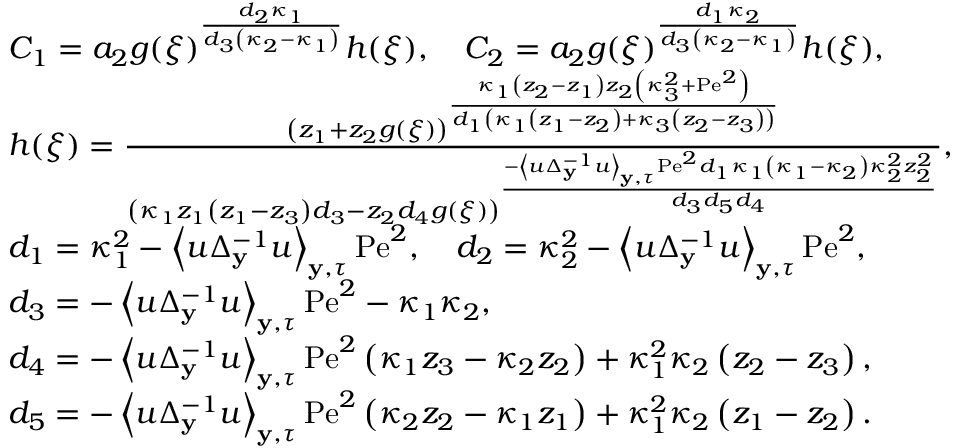
\begin{array} { r l } & { C _ { 1 } = a _ { 2 } g ( \xi ) ^ { \frac { d _ { 2 } \kappa _ { 1 } } { d _ { 3 } \left( \kappa _ { 2 } - \kappa _ { 1 } \right) } } h ( \xi ) , \quad C _ { 2 } = a _ { 2 } g ( \xi ) ^ { \frac { d _ { 1 } \kappa _ { 2 } } { d _ { 3 } \left( \kappa _ { 2 } - \kappa _ { 1 } \right) } } h ( \xi ) , } \\ & { h ( \xi ) = \frac { \left( z _ { 1 } + z _ { 2 } g ( \xi ) \right) ^ { \frac { \kappa _ { 1 } \left( z _ { 2 } - z _ { 1 } \right) z _ { 2 } \left( \kappa _ { 3 } ^ { 2 } + \mathrm { P e } ^ { 2 } \right) } { d _ { 1 } \left( \kappa _ { 1 } \left( z _ { 1 } - z _ { 2 } \right) + \kappa _ { 3 } \left( z _ { 2 } - z _ { 3 } \right) \right) } } } { \left( \kappa _ { 1 } z _ { 1 } \left( z _ { 1 } - z _ { 3 } \right) d _ { 3 } - z _ { 2 } d _ { 4 } g ( \xi ) \right) ^ { \frac { - \left\langle u \Delta _ { \mathbf { y } } ^ { - 1 } u \right\rangle _ { \mathbf { y } , \tau } \mathrm { P e } ^ { 2 } d _ { 1 } \kappa _ { 1 } \left( \kappa _ { 1 } - \kappa _ { 2 } \right) \kappa _ { 2 } ^ { 2 } z _ { 2 } ^ { 2 } } { d _ { 3 } d _ { 5 } d _ { 4 } } } } , } \\ & { d _ { 1 } = \kappa _ { 1 } ^ { 2 } - \left\langle u \Delta _ { \mathbf { y } } ^ { - 1 } u \right\rangle _ { \mathbf { y } , \tau } \mathrm { P e } ^ { 2 } , \quad d _ { 2 } = \kappa _ { 2 } ^ { 2 } - \left\langle u \Delta _ { \mathbf { y } } ^ { - 1 } u \right\rangle _ { \mathbf { y } , \tau } \mathrm { P e } ^ { 2 } , } \\ & { d _ { 3 } = - \left\langle u \Delta _ { \mathbf { y } } ^ { - 1 } u \right\rangle _ { \mathbf { y } , \tau } \mathrm { P e } ^ { 2 } - \kappa _ { 1 } \kappa _ { 2 } , } \\ & { d _ { 4 } = - \left\langle u \Delta _ { \mathbf { y } } ^ { - 1 } u \right\rangle _ { \mathbf { y } , \tau } \mathrm { P e } ^ { 2 } \left( \kappa _ { 1 } z _ { 3 } - \kappa _ { 2 } z _ { 2 } \right) + \kappa _ { 1 } ^ { 2 } \kappa _ { 2 } \left( z _ { 2 } - z _ { 3 } \right) , } \\ & { d _ { 5 } = - \left\langle u \Delta _ { \mathbf { y } } ^ { - 1 } u \right\rangle _ { \mathbf { y } , \tau } \mathrm { P e } ^ { 2 } \left( \kappa _ { 2 } z _ { 2 } - \kappa _ { 1 } z _ { 1 } \right) + \kappa _ { 1 } ^ { 2 } \kappa _ { 2 } \left( z _ { 1 } - z _ { 2 } \right) . } \end{array}